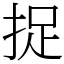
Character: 捉